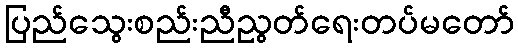
ပြည်သွေးစည်းညီညွတ်ရေးတပ်မတော်